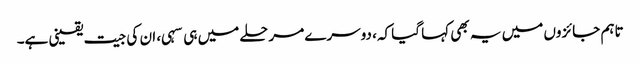
تاہم جائزوں میں یہ بھی کہا گیا کہ، دوسرے مرحلے میں ہی سہی، ان کی جیت یقینی ہے۔